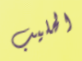
الحليب